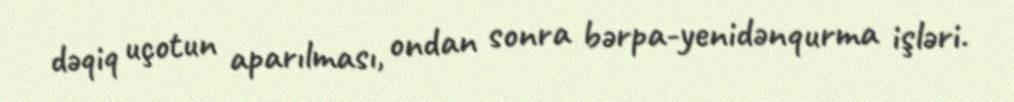
dəqiq uçotun aparılması, ondan sonra bərpa-yenidənqurma işləri.